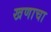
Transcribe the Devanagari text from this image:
खणाचा